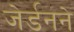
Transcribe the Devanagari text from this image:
जेर्डनने